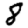
Digit: 8